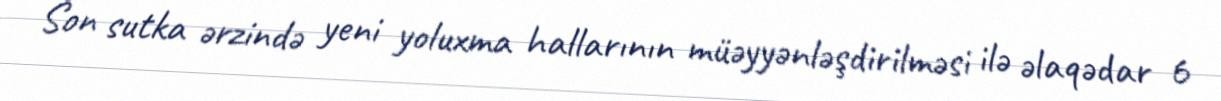
Son sutka ərzində yeni yoluxma hallarının müəyyənləşdirilməsi ilə əlaqədar 6